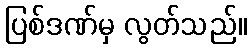
ပြစ်ဒဏ်မှ လွတ်သည်။